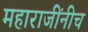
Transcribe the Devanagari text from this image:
महाराजींनीच